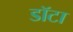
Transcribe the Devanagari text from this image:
डॉटा